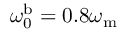
\omega _ { \mathrm { 0 } } ^ { \mathrm { b } } = 0 . 8 \omega _ { \mathrm { m } }